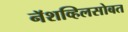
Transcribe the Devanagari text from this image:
नॅशव्हिलसोबत